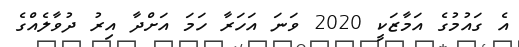
އެ ގައުމުގެ އަމާޒަކީ 2020 ވަނަ އަހަރާ ހަމަ އަށްދާ އިރު ދުވާލެއްގެ